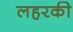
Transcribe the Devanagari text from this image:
लहरकी